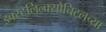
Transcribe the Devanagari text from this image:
इक्स्टलिल्क्सोचिट्लच्या